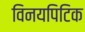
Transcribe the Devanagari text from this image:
विनयपिटिक